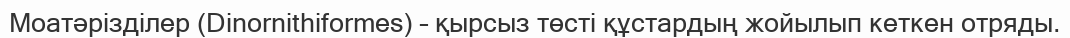
Моатәрізділер (Dіnornіthіformes) – қырсыз төсті құстардың жойылып кеткен отряды.